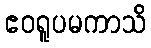
ဧဝရူပမကာသိ